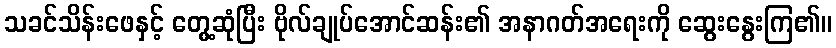
သခင်သိန်းဖေနှင့် တွေ့ဆုံပြီး ဗိုလ်ချုပ်အောင်ဆန်း၏ အနာဂတ်အရေးကို ဆွေးနွေးကြ၏။